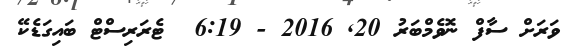
ވަރަށް ސާފް ނޮވެމްބަރު 20